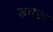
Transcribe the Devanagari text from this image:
डवरू